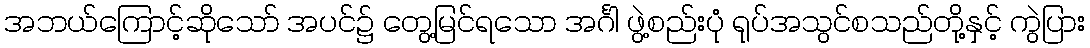
အဘယ်ကြောင့်ဆိုသော် အပင်၌ တွေ့မြင်ရသော အင်္ဂါ ဖွဲ့စည်းပုံ ရုပ်အသွင်စသည်တို့နှင့် ကွဲပြား